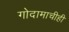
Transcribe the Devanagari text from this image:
गोदामाचीही